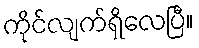
ကိုင်လျက်ရှိလေပြီ။